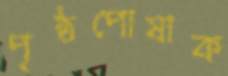
পৃষ্ঠপোষাক